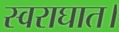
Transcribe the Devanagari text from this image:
स्वराघात।